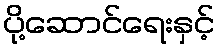
ပို့ဆောင်ရေးနှင့်